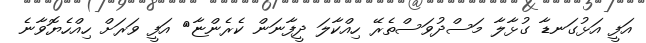
އަފީ އަޅުގަނޑާ ގުޅާލާ މަސްދުވަސްތެރޭ ހިއްކާލަ ދީފާނަން ކެރެންޏާ< އަފީ ވަރަށް ހިއްހެޔޮވާނެ